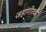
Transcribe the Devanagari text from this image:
जहांगीरची